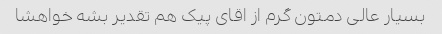
بسیار عالی دمتون گرم از اقای پیک هم تقدیر بشه خواهشا